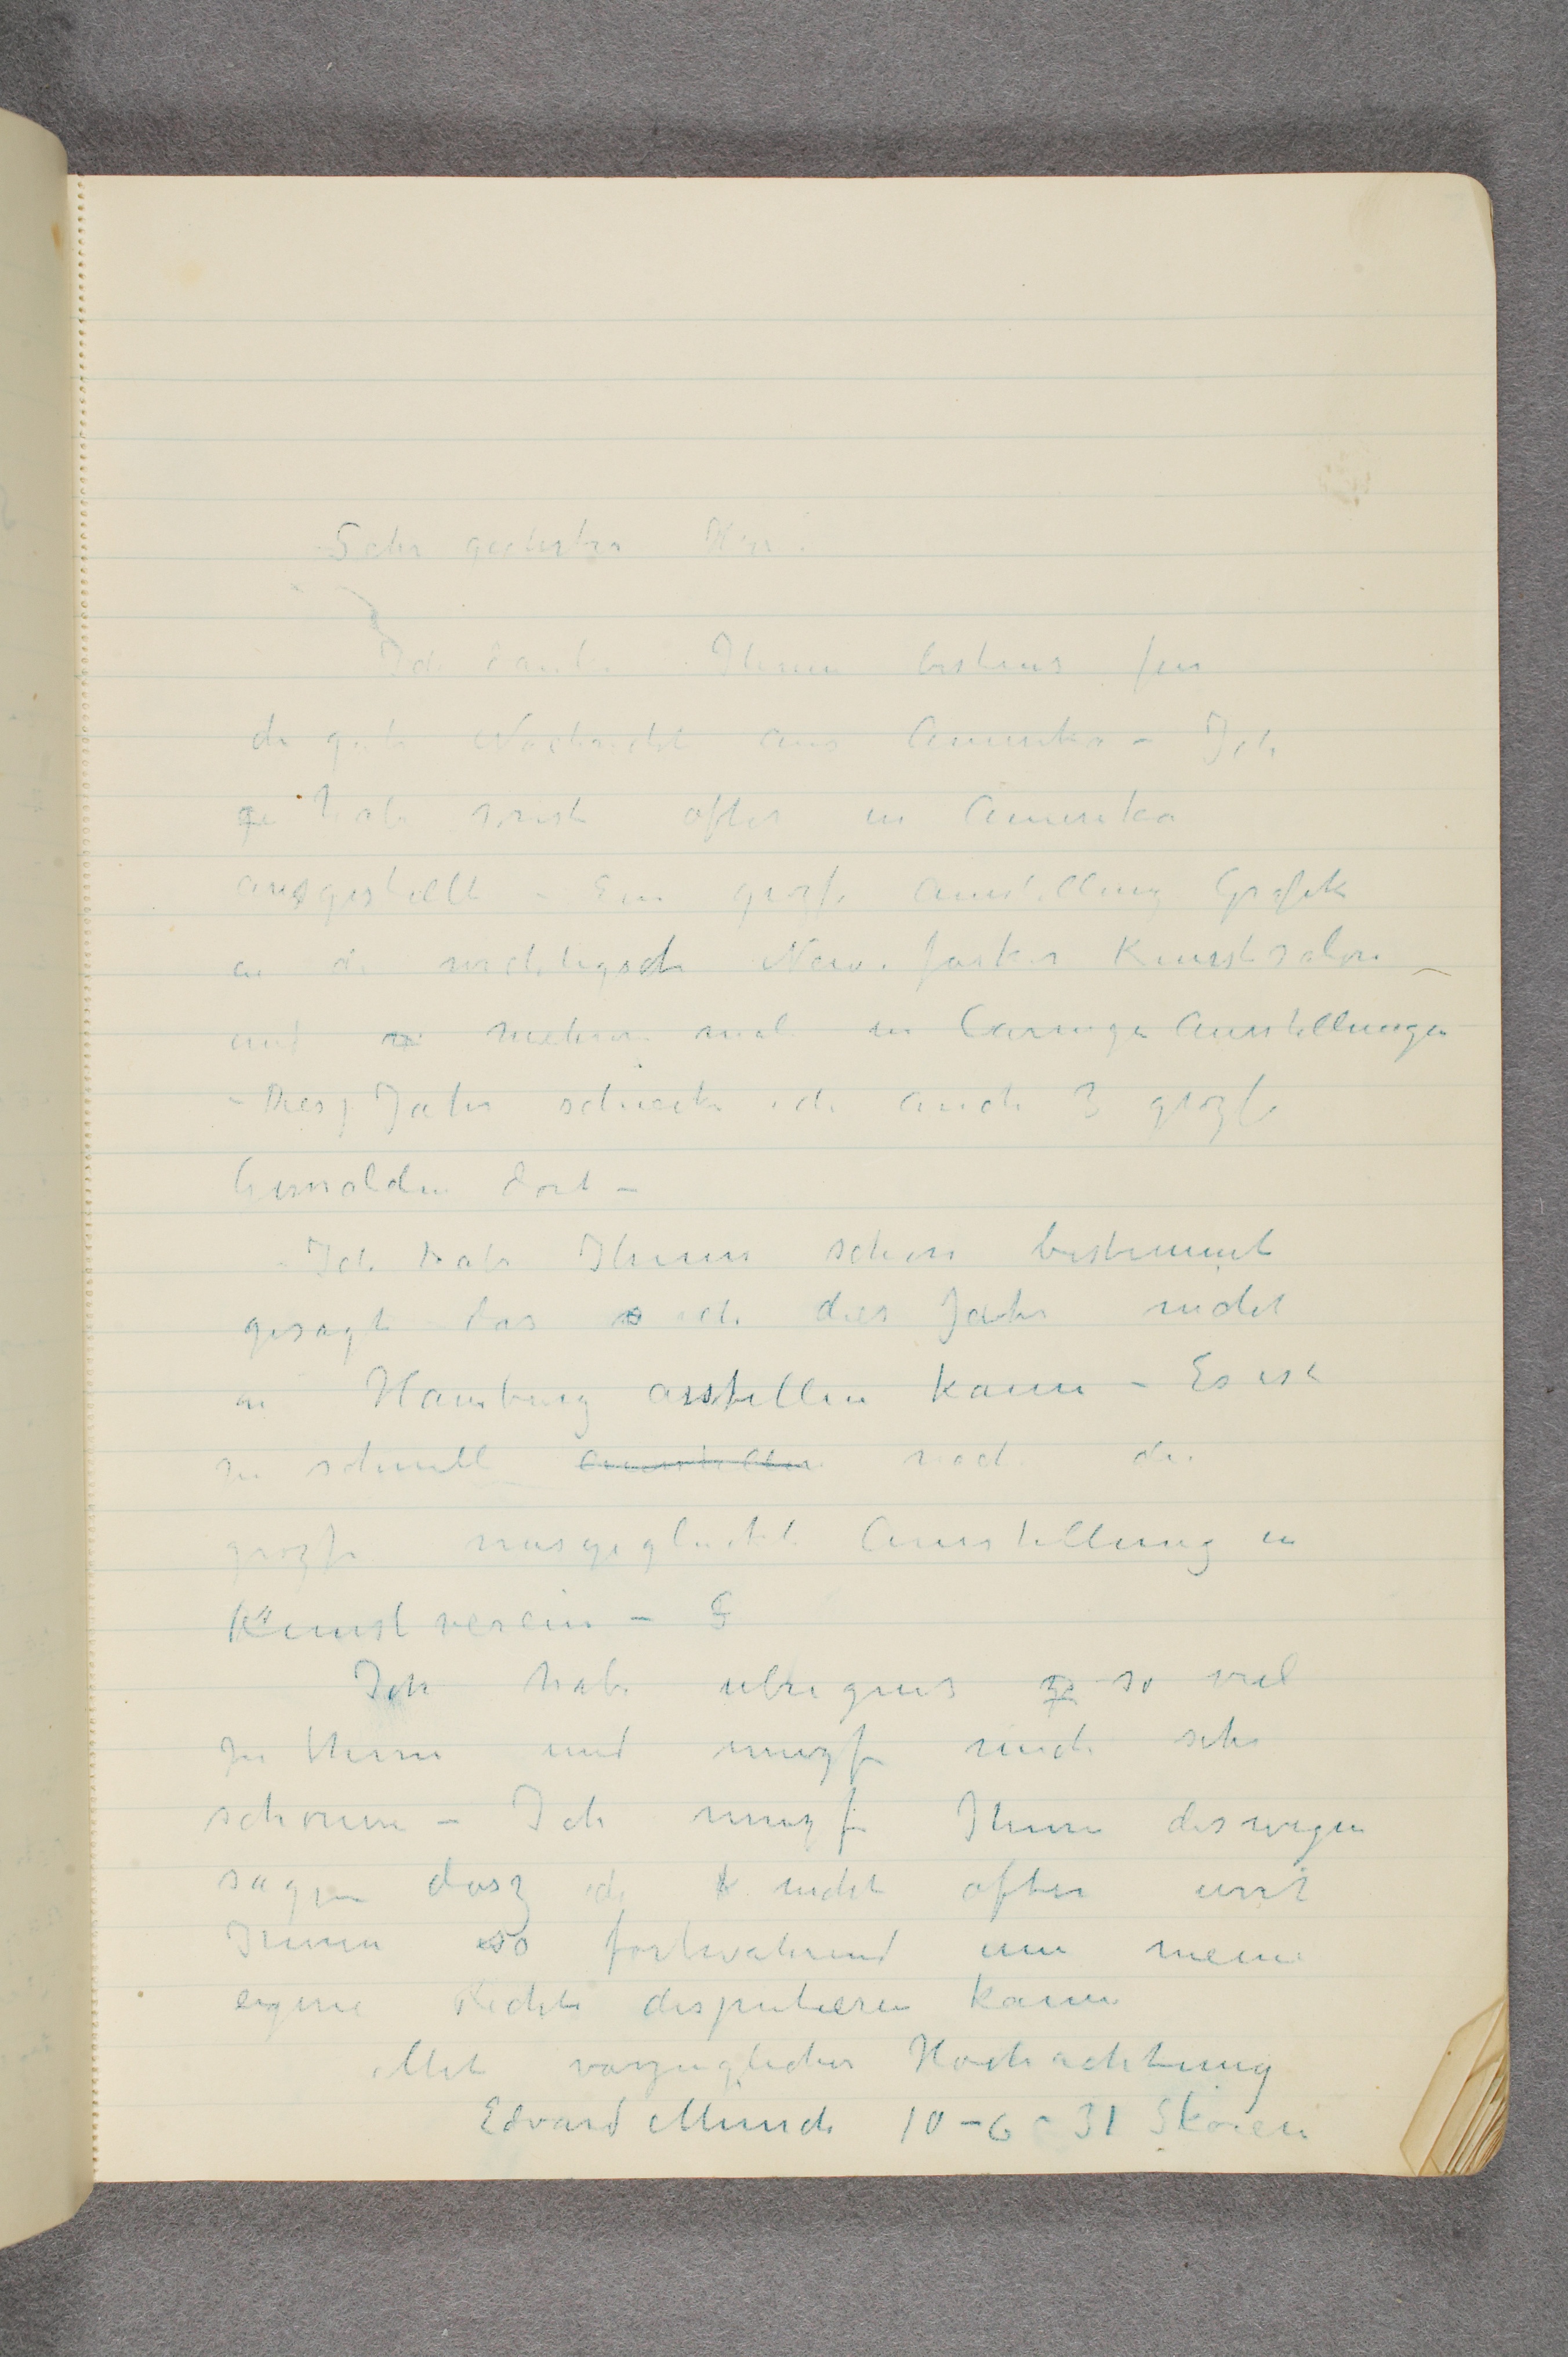
Sehr geehrter Hrr
 Ich danke Ihnen bestens fur
die gute Nachricht aus Amerika – Ich
ge habe sonst ofter in Amerika
ausgestellt – Ein grozse Ausstellung Grafik
an die wichtigste Neue farker Kunstsalon
auf  …  mehrer mal in Carnegi Ausstellungen
– Dies Jahr schiecke ich auch 3 grozse
Gemalden dort –
 Ich habe Ihnen schon bestimmt
gesagt das  …  ich dies Jahr nicht
in Hamburg ausstellen kann – Es ist
zu schnell ausstellen nach die
grozse misgegluckt Ausstellung in
Kunstverein - G
 Ich habe ubrigens zo so viel
zu thun und muzs mich sehr
schonen – Ich muzs Ihnen deswegen
sagen dasz ich k nicht ofter mit
Ihnen so fortwahrend um meine
eigene Rechte disputieren kann
Mit vorzuglicher Hochachtung
 Edvard munch  10-6-31 Skøien